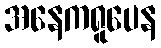
အနေကရူပေန